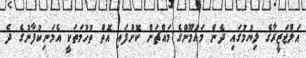
އަލްޖަޒީރާގެ ލިޔުމުގައި ދެން މައުމޫންގެ މައްޗަށް ކޮށްފައި އޮތް ތުހުމަތަކީ އެމަނިކުފާނުގެ ދެ